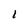
Character: l